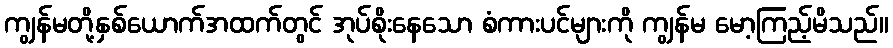
ကျွန်မတို့နှစ်ယောက်အထက်တွင် အုပ်စိုးနေသော စံကားပင်များကို ကျွန်မ မော့ကြည့်မိသည်။